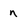
Character: n